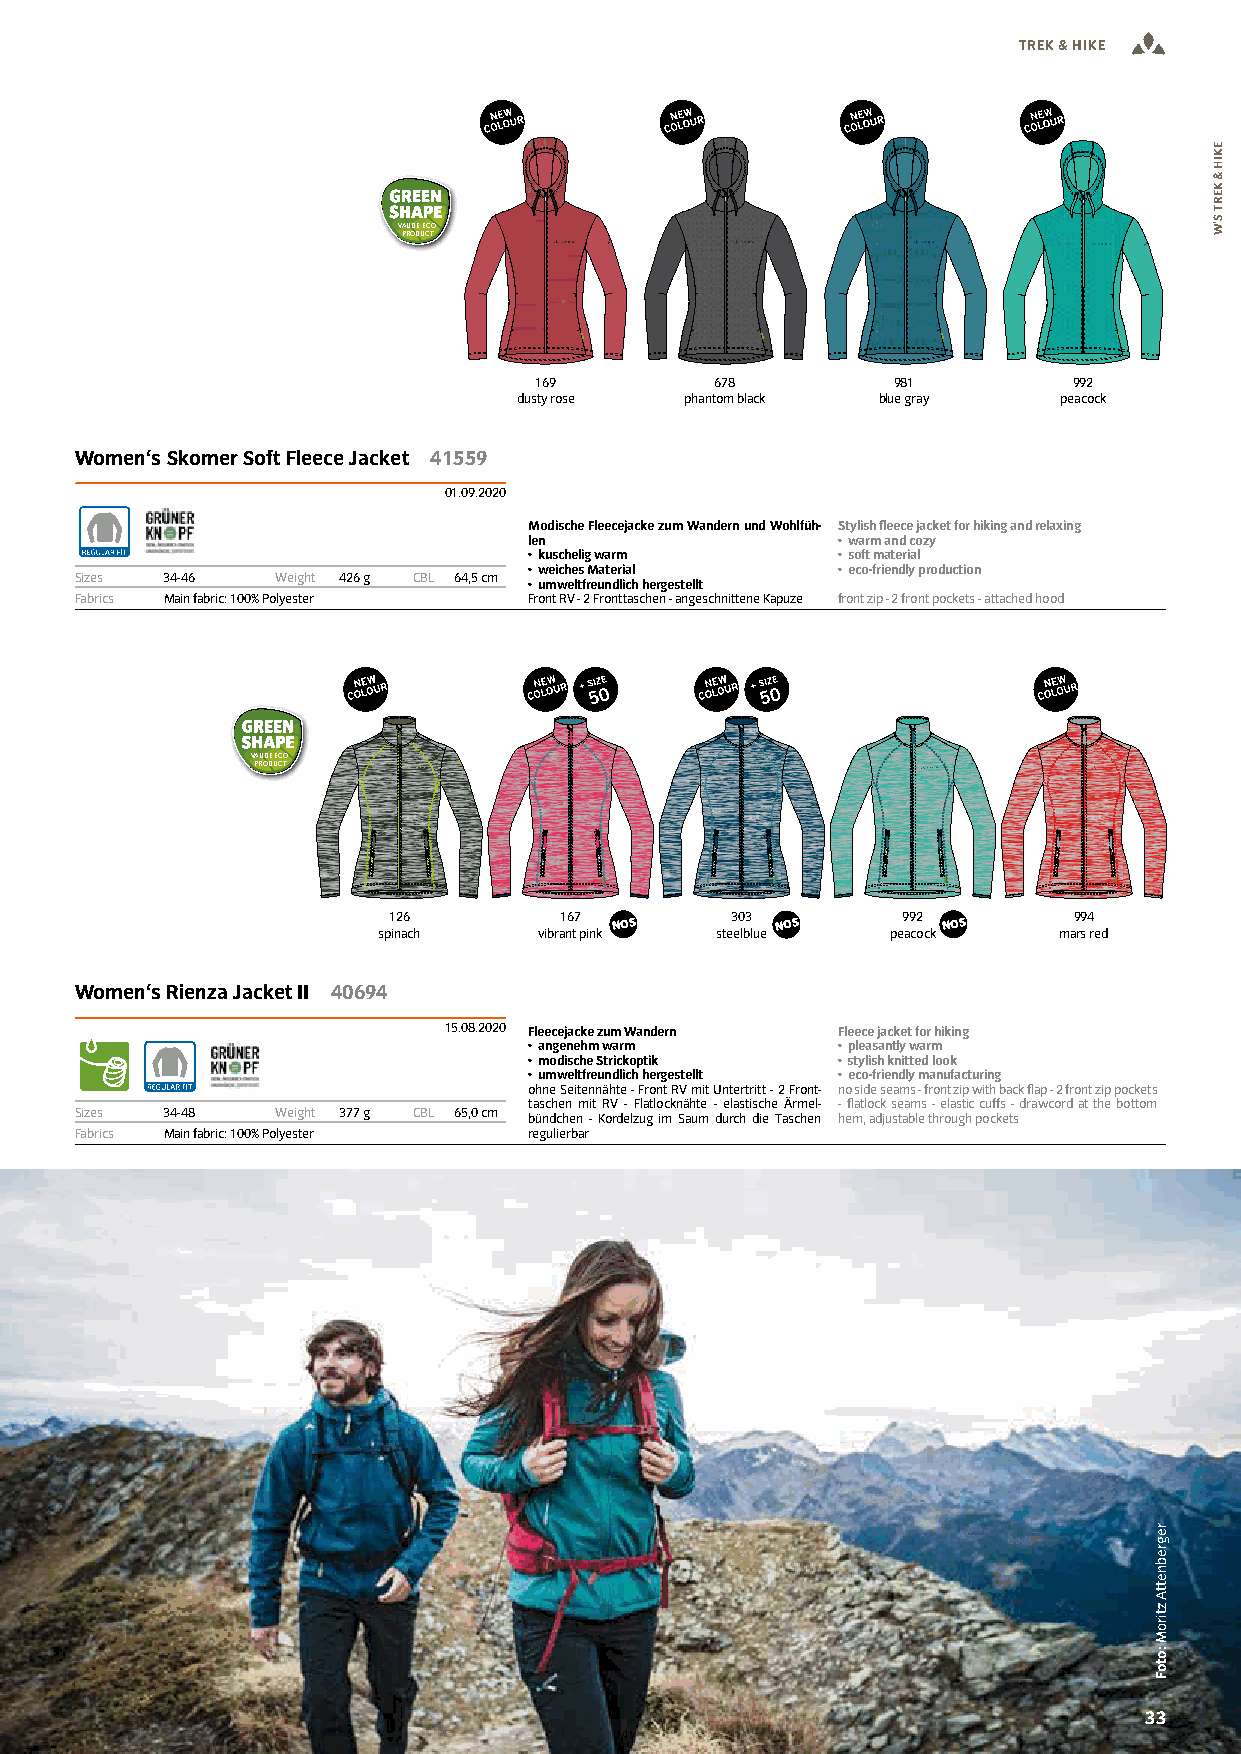
TREK & HIKE
 VAUDE ECO
 PRODUCT
 169         678         981         992
 dusty rose phantom black blue gray  peacock
 Women‘s Skomer Soft Fleece Jacket 41559
 01.09.2020
 Modische Fleecejacke zum Wandern und Wohlfüh- Stylish leece jacket for hiking and relaxing
 len                 • warm and cozy
 • kuschelig warm    • soft material
 • weiches Material  • eco-friendly production
 Sizes 34-46  Weight 426 g CBL 64,5 cm
 • umweltfreundlich hergestellt
 Fabrics Main fabric: 100% Polyester Front RV - 2 Fronttaschen - angeschnittene Kapuze front zip - 2 front pockets - attached hood
 VAUDE ECO
 PRODUCT
 126        167 NOS    303 NOS     992 NOS    994
 spinach    vibrant pink steelblue peacock    mars red
 Women‘s Rienza Jacket II 40694
 15.08.2020 Fleecejacke zum Wandern Fleece jacket for hiking
 • angenehm warm     • pleasantly warm
 • modische Strickoptik • stylish knitted look
 • umweltfreundlich hergestellt • eco-friendly manufacturing
 ohne Seitennähte - Front RV mit Untertritt - 2 Front- no side seams - front zip with back flap - 2 front zip pockets
 taschen mit RV - Flatlocknähte - elastische Ärmel- - flatlock seams - elastic cuffs - drawcord at the bottom
 Sizes 34-48  Weight 377 g CBL 65,0 cm bündchen - Kordelzug im Saum durch die Taschen hem, adjustable through pockets
 Fabrics Main fabric: 100% Polyester regulierbar
 FAIR WORKING CONDITIONS WORLDWIDE 3333
 regrebnettA
 ztiroM
 :otoF
 EKIH
 &
 KERT
 S’W